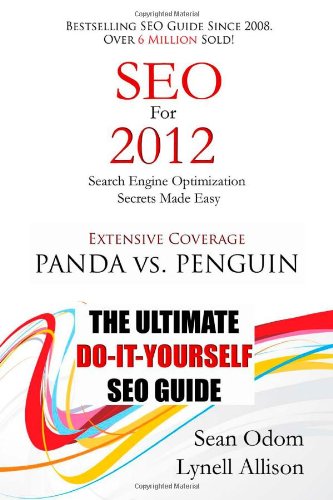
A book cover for SEO For 2012: Seach Engine Optimization Made Easy (Volume 1); Sean Odom; Computers & Technology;